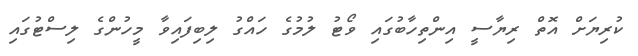
ކުރިޔަށް އޮތް ރިޔާސީ އިންތިހާބުގައި ވޯޓު ލުމުގެ ހައްގު ލިބިފައިވާ މީހުންގެ ލިސްޓުގައި